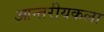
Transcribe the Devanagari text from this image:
आन्तरीयकला